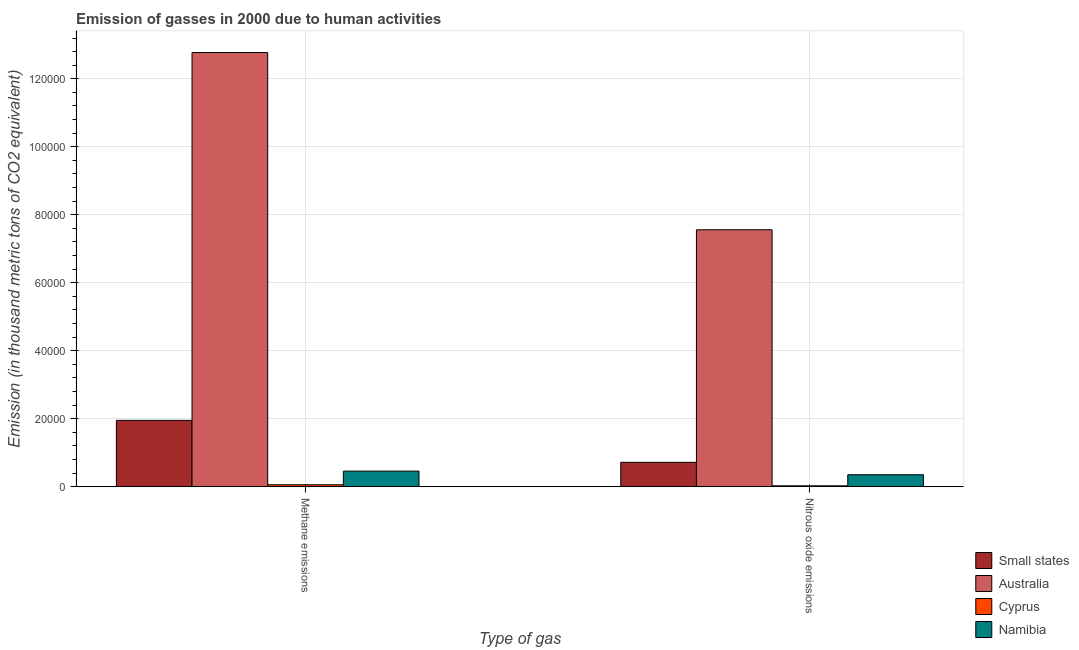
| Type of gas | Small states | Australia | Cyprus | Namibia |
 | --- | --- | --- | --- | --- |
 | Methane emissions | 1.95e+04 | 1.28e+05 | 569 | 4.58e+03 |
 | Nitrous oxide emissions | 7.16e+03 | 7.56e+04 | 256 | 3.52e+03 |